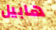
هابيل